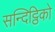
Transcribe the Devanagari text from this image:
सन्दिट्ठिको